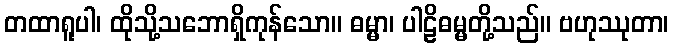
တထာရူပါ၊ ထိုသို့သဘောရှိကုန်သော။ ဓမ္မာ၊ ပါဠိဓမ္မတို့သည်။ ဗဟုဿုတာ၊